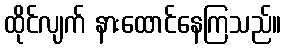
ထိုင်လျက် နားထောင်နေကြသည်။